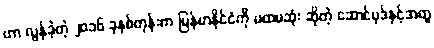
ဟာ လွန်ခဲ့တဲ့ ၂၀၁၆ ခုနှစ်တုန်းက မြန်မာနိုင်ငံကို ပထမဆုံး ဆိုတဲ့ ဆောင်ပုဒ်နှင့်အတူ